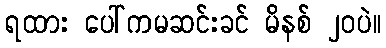
ရထား ပေါ်ကမဆင်းခင် မိနစ် ၂၀ပဲ။